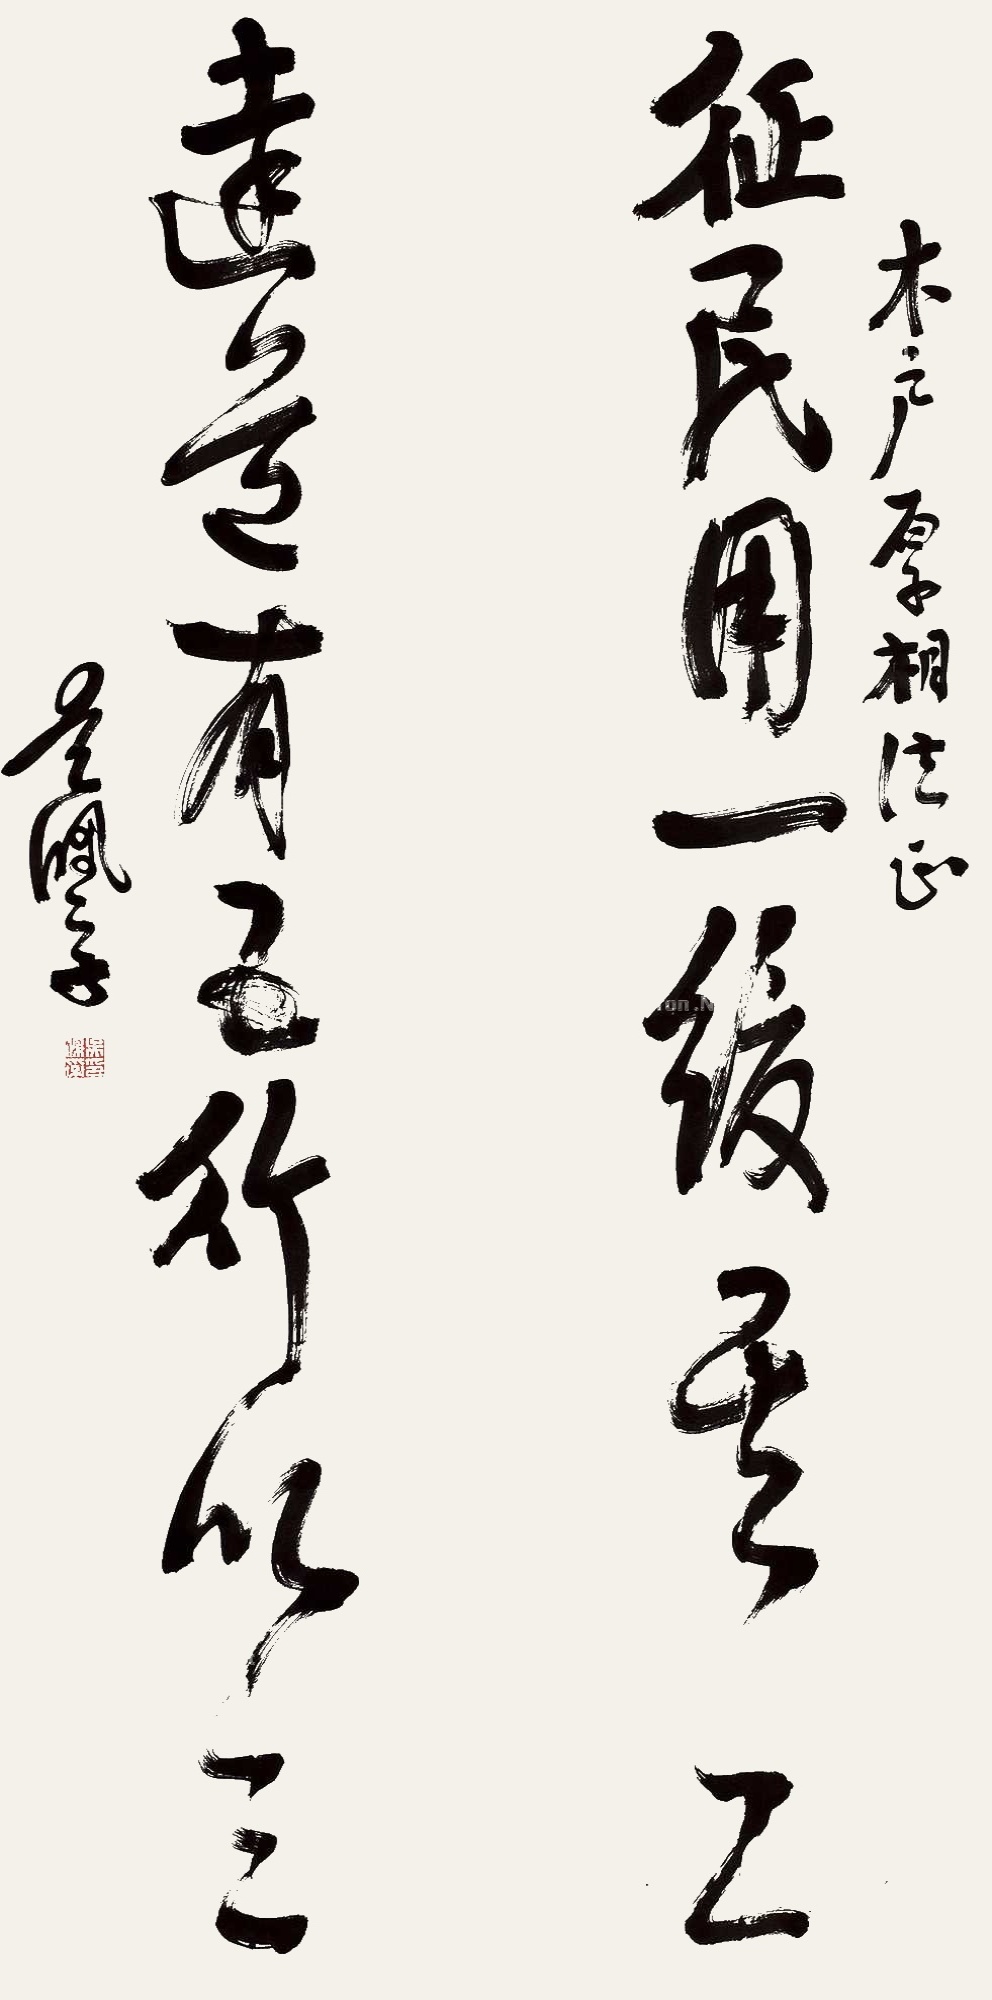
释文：征民用一缓其二，远道有五行以三。木户厚相法正，吴佩孚。